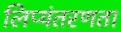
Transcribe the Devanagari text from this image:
लिप्यंतरणता